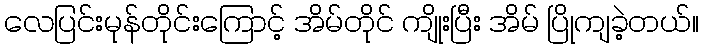
လေပြင်းမုန်တိုင်းကြောင့် အိမ်တိုင် ကျိုးပြီး အိမ် ပြိုကျခဲ့တယ်။